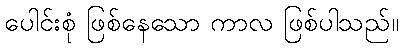
ပေါင်းစုံ ဖြစ်နေသော ကာလ ဖြစ်ပါသည်။